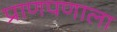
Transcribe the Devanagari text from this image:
प्राणपणाला